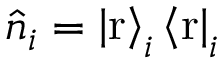
\hat { n } _ { i } = \left| \mathrm { r } \right\rangle _ { i } \left\langle \mathrm { r } \right| _ { i }